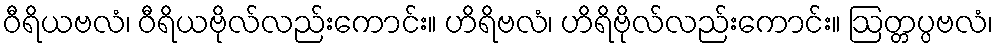
ဝီရိယဗလံ၊ ဝီရိယဗိုလ်လည်းကောင်း။ ဟိရိဗလံ၊ ဟိရိဗိုလ်လည်းကောင်း။ ဩတ္တပ္ပဗလံ၊